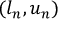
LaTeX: ( l _ { n } , u _ { n } )